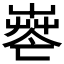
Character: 𦱺